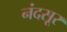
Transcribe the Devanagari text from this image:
नंदसूर